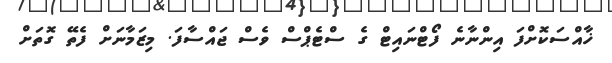
ޚާއްސަކޮށްފަ އިންނާނެ ފޯޓްނައިޓް ގެ ސްޓެޕްސް ވެސް ޖައްސާފަ. މިޒަމާނަށް ފެތޭ ގޮތަށް